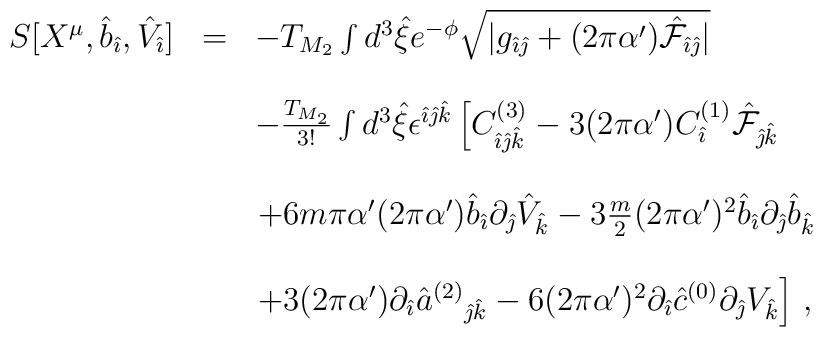
\begin{array}{rcl}S[X^\mu,{\hat b}_{\hat \imath},{\hat V}_{\hat \imath}] & = &-T_{M_2} \int d^3{\hat \xi}e^{-\phi}\sqrt{|g_{\hat{\imath}\hat{\jmath}}+(2\pi\alpha^\prime) {\hat{\cal F}}_{\hat{\imath}\hat{\jmath}}|} \\& & \\& &-\frac{T_{M_2}}{3!}\int d^3\hat{\xi}\epsilon^{\hat{\imath}\hat{\jmath}\hat{k}}\left[C^{(3)}_{\hat{\imath}\hat{\jmath}\hat{k}}-3(2\pi\alpha^\prime)C^{(1)}_{\hat{\imath}}\hat{\cal F}_{\hat{\jmath}\hat{k}}\right.\\& & \\& &\left.+6m\pi\alpha^\prime(2\pi\alpha^\prime){\hat b}_{\hat{\imath}}\partial_{\hat{\jmath}}{\hat V}_{\hat{k}}-3\frac{m}{2}(2\pi\alpha^\prime)^2{\hat b}_{\hat{\imath}}\partial_{\hat{\jmath}} {\hat b}_{\hat{k}}\right.\\& & \\& &\left.+3(2\pi\alpha^\prime)\partial_{\hat{\imath}}\hat{a}^{(2)}{}_{\hat{\jmath}\hat{k}}-6(2\pi\alpha^\prime)^2\partial_{\hat{\imath}}{\hat c}^{(0)}\partial_{\hat{\jmath}}V_{\hat{k}}\right]\, ,\end{array}